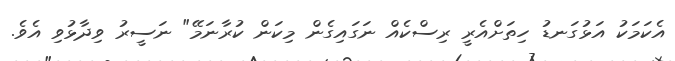
އެކަމަކު އަޅުގަނޑު ހިތަށްއެރީ ރިސްކެއް ނަގައިގެން މިކަން ކުރާނަމޭ" ނަސީރު ވިދާޅުވި އެވެ.